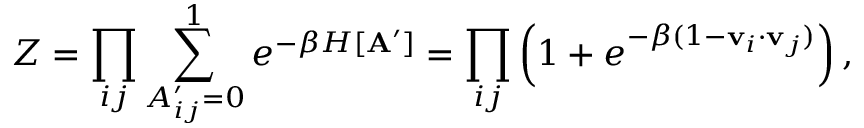
Z = \prod _ { i j } \sum _ { A _ { i j } ^ { \prime } = 0 } ^ { 1 } e ^ { - \beta H [ \mathbf { A ^ { \prime } } ] } = \prod _ { i j } \left( 1 + e ^ { - \beta ( 1 - \mathbf { v } _ { i } \cdot \mathbf { v } _ { j } ) } \right) ,